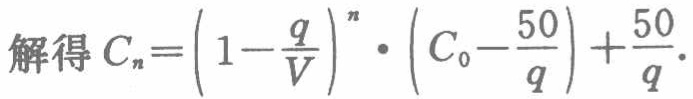
解得\(C_{n}=\left(1-\frac{q}{V}\right)^{n}\cdot\left(C_{0}-\frac{50}{q}\right)+\frac{50}{q}\)